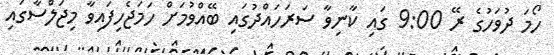
ހޯމަ ދުވަހުގެ ރޭ 9:00 ގައި ކާނިވާ ސަރަހައްދުގައި ބޭއްވުމަށް ހަމަޖެހިފައިވާ މިޖަލްސާގައި